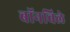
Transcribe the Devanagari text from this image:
बॉनविले